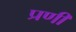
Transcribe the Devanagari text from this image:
प्रणी